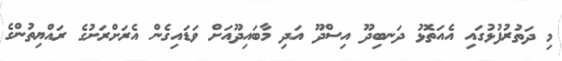
މި ދަތުރުފުޅުގައި އެއަތޮޅު ދަނބިދޫ އިސްދޫ އަދި މާބައިދޫއަށް ވަޑައިގެން އެރަށްރަށުގެ ރައްޔިތުންގެ